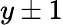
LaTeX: y\pm 1